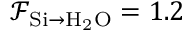
\mathcal { F } _ { \mathrm { { S i } \rightarrow \mathrm { { H _ { 2 } O } } } } = 1 . 2